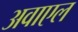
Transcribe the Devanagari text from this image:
अवाएल